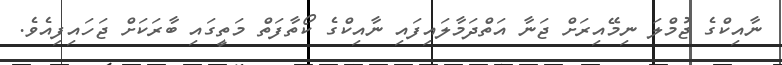
ނާއިކްގެ ޖުމްލަ ނިމޭއިރަށް ޖަނާ އަތްދަމާލައިފައި ނާއިކްގެ ކޯތާފަތް މަތީގައި ބާރަކަށް ޖަހައިފިއެވެ.